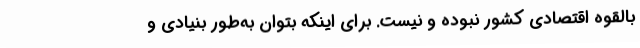
بالقوه اقتصادی کشور نبوده و نیست. برای اینکه بتوان به‌طور بنیادی و